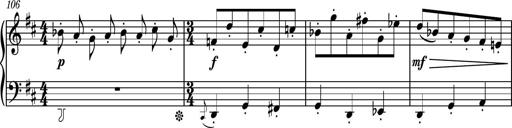
Title: Piano Sonatina No.4
Composer: Dimitri Sykias
Key: D major